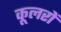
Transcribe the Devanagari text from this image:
कूलरों